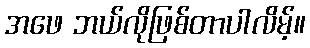
အဖေ ဘယ်လိုဖြစ်တာပါလိမ့်။